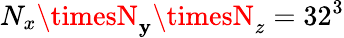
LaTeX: N_{x}\timesN_{\mathbf{y}}\timesN_{z}=32^{3}